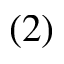
( 2 )